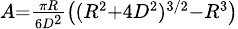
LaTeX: \scriptstyle A={\frac{\pi R}{6D^{2}}}\left((R^{2}+4D^{2})^{3/2}-R^{3}\right)